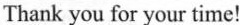
Thank you for your time！